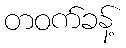
တဝက်ခန့်